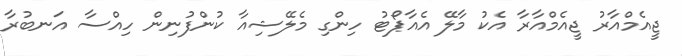
ޖީއެމްއާރު ޖީއެމްއާރާ އެކު މާލޭ އެއާޕޯޓު ހިންގި މެލޭޝިއާ ކުންފުނިން ހިއްސާ އަނބުރާ